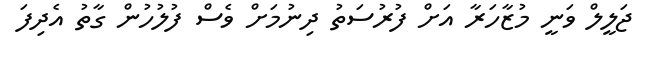
ޖަލީލް ވަނީ މުޒާހަރާ އަށް ފުރުސަތު ދިނުމަށް ވެސް ފުލުހުން ގާތު އެދިފަ